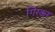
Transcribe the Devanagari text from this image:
गिरकर